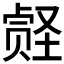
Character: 𪠀